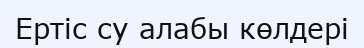
Ертіс су алабы көлдері